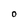
Character: 0